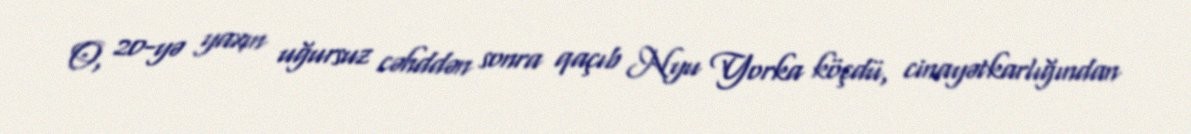
O, 20-yə yaxın uğursuz cəhddən sonra qaçıb Nyu Yorka köçdü, cinayətkarlığından